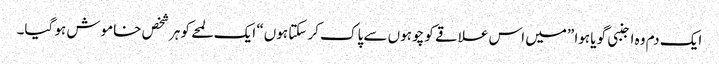
ایک دم وہ اجنبی گویا ہوا ”میں اس علاقے کو چوہوں سے پاک کر سکتا ہوں“ ایک لمحے کو ہرشخص خاموش ہو گیا۔